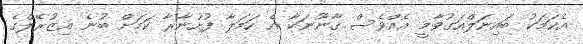
އެކަމަކު ބައިނަލްއަގުވާމީ އެއްވެސް ގާނޫނަކާ އެ ހަމަލާ ފުށުނާރާ ކަމަށް ބުނެ އިޒުރޭލްގެ